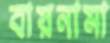
বায়নামা